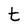
Character: t